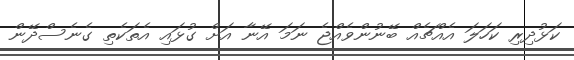
ކަޅުދިރި ކަހަލަ އެއްޗެއް ބޭނުންވެއްޖެ ނަމަ އޭނާ އަށް ގުޅައި އެތަކެތި ގެނެސްދޭން